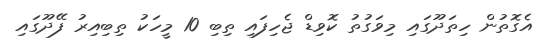
އެގޮތުން ހިތަދޫގައި މިވަގުތު ކޮވިޑް ޖެހިފައި ތިބި 10 މީހަކު ތިބިއިރު ފޭދޫގައި